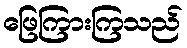
ဖြေကြားကြသည်